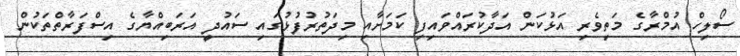
ސޯލިހް އުމްރާގެ މަތިވެރި އަޅުކަން އަދާކުރައްވައިފި ކަމަށާއި މިދަތުރުފުޅުގައި ސައުދީ އަރަބިއްޔާގެ އިސްފަރާތްތަކުން